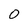
Character: 0